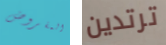
المفروض ترتدين